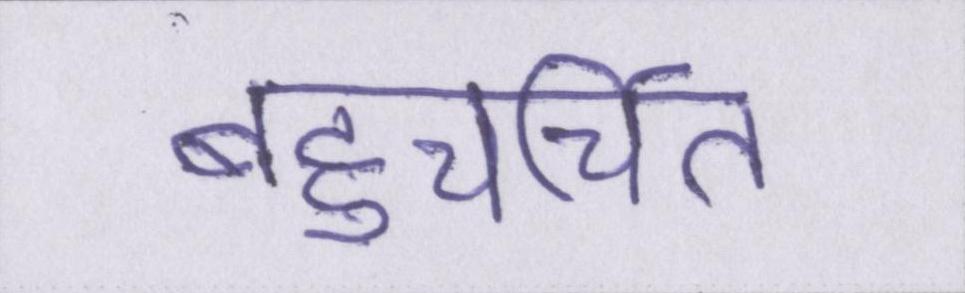
बहुचर्चित